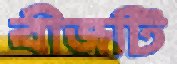
বীজটি